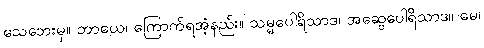
သေဘေးမှ။ ဘာယေ၊ ကြောက်ရအံ့နည်း။ သမ္မပေါရိသာဒ၊ အဆွေပေါရိသာဒ။ မေ၊